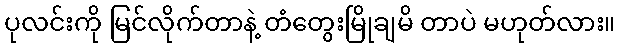
ပုလင်းကို မြင်လိုက်တာနဲ့ တံတွေးမြိုချမိ တာပဲ မဟုတ်လား။